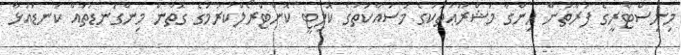
މިނިސްޓްރީގެ ފަރާތުން ހިންގާ މަޝްރޫޢުތަކުގެ މަސައްކަތުގެ ކޮލިޓީ ކޮންޓްރޯލްކުރުމުގެ ގޮތުން މިންގަނޑުތައް ކަނޑައަޅާ